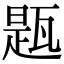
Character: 㼵